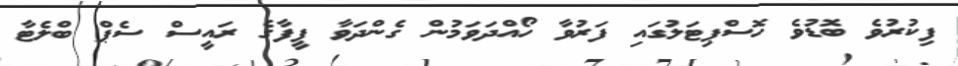
ފިކުރުވެ ބޮޑުވެ ހޮސްޕިޓަލުގައި ފަރުވާ ހޯއްދަވަމުން ގެންދަވާ ފީފާގެ ރައީސް ސެޕް ބްލެޓާ